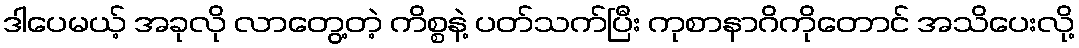
ဒါပေမယ့် အခုလို လာတွေ့တဲ့ ကိစ္စနဲ့ ပတ်သက်ပြီး ကုစာနာဂိကိုတောင် အသိပေးလို့